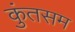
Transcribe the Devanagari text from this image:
कुंतसम